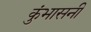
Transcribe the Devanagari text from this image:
कुंभासनी